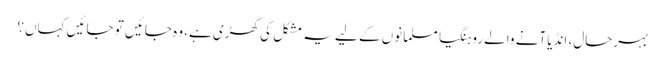
بہرحال، انڈیا آنے والے روہنگیا مسلمانوں کے لیے یہ مشکل کی گھڑی ہے، وہ جائیں تو جائیں کہاں؟